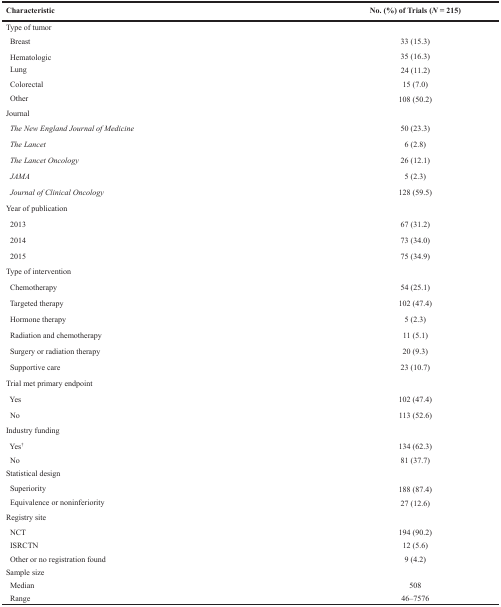
<table><thead><tr><td><b>Characteristic</b></td><td><b>No. (%) of Trials (<i>N</i> = 215)</b></td></tr></thead><tbody><tr><td>Type of tumor</td><td></td></tr><tr><td> Breast</td><td>33 (15.3)</td></tr><tr><td> Hematologic</td><td>35 (16.3)</td></tr><tr><td> Lung</td><td>24 (11.2)</td></tr><tr><td> Colorectal</td><td>15 (7.0)</td></tr><tr><td> Other</td><td>108 (50.2)</td></tr><tr><td>Journal</td><td></td></tr><tr><td> <i>The New England Journal of Medicine</i></td><td>50 (23.3)</td></tr><tr><td> <i>The Lancet</i></td><td>6 (2.8)</td></tr><tr><td> <i>The Lancet Oncology</i></td><td>26 (12.1)</td></tr><tr><td> <i>JAMA</i></td><td>5 (2.3)</td></tr><tr><td> <i>Journal of Clinical Oncology</i></td><td>128 (59.5)</td></tr><tr><td>Year of publication</td><td></td></tr><tr><td> 2013</td><td>67 (31.2)</td></tr><tr><td> 2014</td><td>73 (34.0)</td></tr><tr><td> 2015</td><td>75 (34.9)</td></tr><tr><td>Type of intervention</td><td></td></tr><tr><td> Chemotherapy</td><td>54 (25.1)</td></tr><tr><td> Targeted therapy</td><td>102 (47.4)</td></tr><tr><td> Hormone therapy</td><td>5 (2.3)</td></tr><tr><td> Radiation and chemotherapy</td><td>11 (5.1)</td></tr><tr><td> Surgery or radiation therapy</td><td>20 (9.3)</td></tr><tr><td> Supportive care</td><td>23 (10.7)</td></tr><tr><td>Trial met primary endpoint</td><td></td></tr><tr><td> Yes</td><td>102 (47.4)</td></tr><tr><td> No</td><td>113 (52.6)</td></tr><tr><td>Industry funding</td><td></td></tr><tr><td> Yes<sup>†</sup></td><td>134 (62.3)</td></tr><tr><td> No</td><td>81 (37.7)</td></tr><tr><td>Statistical design</td><td></td></tr><tr><td> Superiority</td><td>188 (87.4)</td></tr><tr><td> Equivalence or noninferiority</td><td>27 (12.6)</td></tr><tr><td>Registry site</td><td></td></tr><tr><td> NCT</td><td>194 (90.2)</td></tr><tr><td> ISRCTN</td><td>12 (5.6)</td></tr><tr><td> Other or no registration found</td><td>9 (4.2)</td></tr><tr><td>Sample size</td><td></td></tr><tr><td> Median</td><td>508</td></tr><tr><td> Range</td><td>46–7576</td></tr></tbody></table>